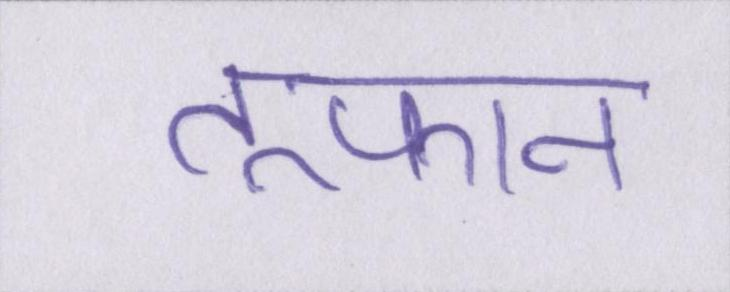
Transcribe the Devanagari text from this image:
तूफान